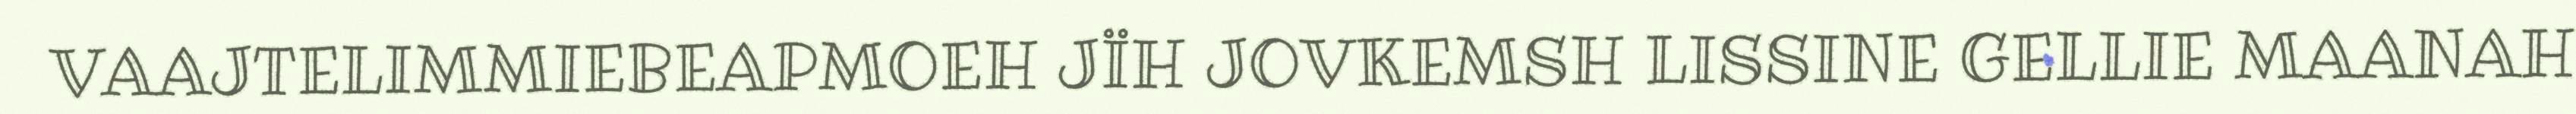
VAAJTELIMMIEBEAPMOEH JÏH JOVKEMSH LISSINE GELLIE MAANAH